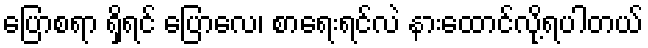
ပြောစရာ ရှိရင် ပြောလေ၊ စာရေးရင်လဲ နားထောင်လို့ရပါတယ်